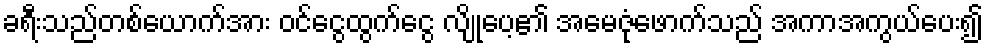
ခရီးသည်တစ်ယောက်အား ဝင်ငွေထွက်ငွေ လျိုပေ့၏ အမေဇုံဖောက်သည် အကာအကွယ်ပေး၍